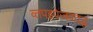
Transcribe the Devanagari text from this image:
व्तपइपेजवदद्ध